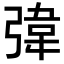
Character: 𪫀